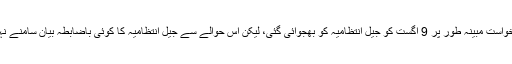
یہ درخواست مبینہ طور پر 9 اگست کو جیل انتظامیہ کو بھجوائی گئی، لیکن اس حوالے سے جیل انتظامیہ کا کوئی باضابطہ بیان سامنے نہیں آیا۔